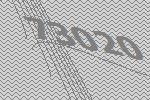
73020